Vaccination North-Western Provinces 1866-1877 - 1866-1877
Year: 1866
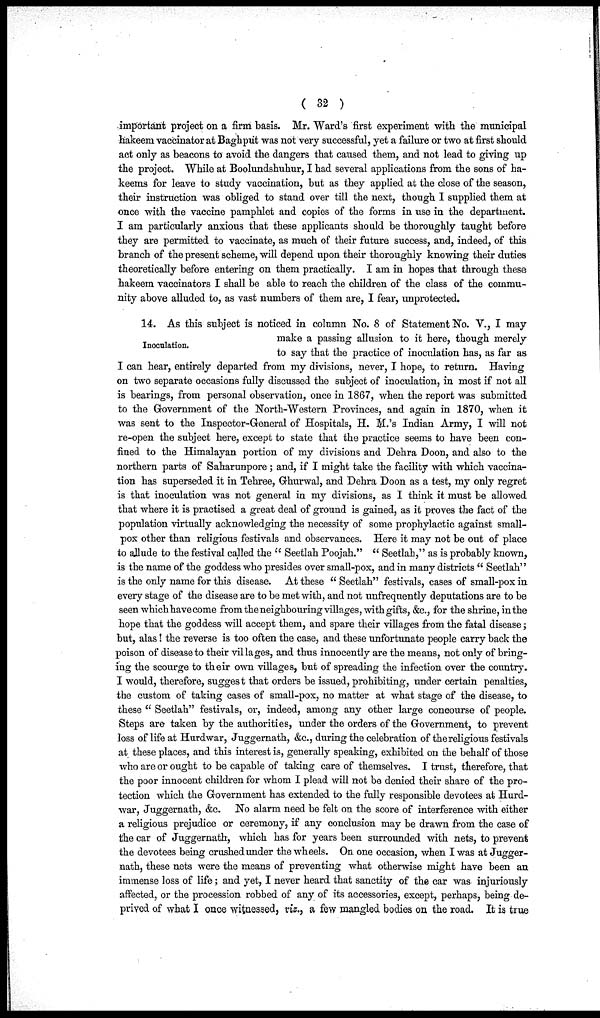
( 32 )
important project on a firm basis. Mr. Ward's first experiment with the municipal
hakeem vaccinator at Baghput was not very successful, yet a failure or two at first should
act only as beacons to avoid the dangers that caused them, and not lead to giving up
the project. While at Boolundshuhur, I had several applications from the sons of ha-
keems for leave to study vaccination, but as they applied at the close of the season,
their instruction was obliged to stand over till the next, though I supplied them at
once with the vaccine pamphlet and copies of the forms in use in the department.
I am particularly anxious that these applicants should be thoroughly taught before
they are permitted to vaccinate, as much of their future success, and, indeed, of this
branch of the present scheme, will depend upon their thoroughly knowing their duties
theoretically before entering on them practically. I am in hopes that through these
hakeem vaccinators I shall be able to reach the children of the class of the commu-
nity above alluded to, as vast numbers of them are, I fear, unprotected.
Inoculation.
14. As this subject is noticed in column No. 8 of Statement No. V., I may
make a passing allusion to it here, though merely
to say that the practice of inoculation has, as far as
I can hear, entirely departed from my divisions, never, I hope, to return. Having
on two separate occasions fully discussed the subject of inoculation, in most if not all
is bearings, from personal observation, once in 1867, when the report was submitted
to the Government of the North-Western Provinces, and again in 1870, when it
was sent to the Inspector-General of Hospitals, H. M.'s Indian Army, I will not
re-open the subject here, except to state that the practice seems to have been con-
fined to the Himalayan portion of my divisions and Dehra Doon, and also to the
northern parts of Saharunpore ; and, if I might take the facility with which vaccina-
tion has superseded it in Tehree, Ghurwal, and Dehra Doon as a test, my only regret
is that inoculation was not general in my divisions, as I think it must be allowed
that where it is practised a great deal of ground is gained, as it proves the fact of the
population virtually acknowledging the necessity of some prophylactic against small-
pox other than religious festivals and observances. Here it may not be out of place
to allude to the festival called the " Seetlah Poojah." " Seetlah," as is probably known,
is the name of the goddess who presides over small-pox, and in many districts " Seetlah"
is the only name for this disease. At these " Seetlah" festivals, cases of small-pox in
every stage of the disease are to be met with, and not unfrequently deputations are to be
seen which have come from the neighbouring villages, with gifts, &c, for the shrine, in the
hope that the goddess will accept them, and spare their villages from the fatal disease;
but, alas! the reverse is too often the case, and these unfortunate people carry back the
poison of disease to their villages, and thus innocently are the means, not only of bring-
ing the scourge to their own villages, but of spreading the infection over the country.
I would, therefore, suggest that orders be issued, prohibiting, under certain penalties,
the custom of taking cases of small-pox, no matter at what stage of the disease, to
these " Seetlah" festivals, or, indeed, among any other large concourse of people.
Steps are taken by the authorities, under the orders of the Government, to prevent
loss of life at Hurdwar, Juggernath, &c., during the celebration of the religious festivals
at these places, and this interest is, generally speaking, exhibited on the behalf of those
who are or ought to be capable of taking care of themselves. I trust, therefore, that
the poor innocent children for whom I plead will not be denied their share of the pro-
tection which the Government has extended to the fully responsible devotees at Hurd-
war, Juggernath, &c. No alarm need be felt on the score of interference with either
a religious prejudice or ceremony, if any conclusion may be drawn from the case of
the car of Juggernath, which has for years been surrounded with nets, to prevent
the devotees being crushed under the wheels. On one occasion, when I was at Jugger¬
nath, these nets were the means of preventing what otherwise might have been an
immense loss of life; and yet, I never heard that sanctity of the car was injuriously
affected, or the procession robbed of any of its accessories, except, perhaps, being de-
prived of what I once witnessed, viz., a few mangled bodies on the road. It is true